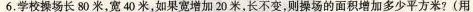
6.学校操场长80米，宽40米，如果宽增加20米，长不变，则操场的面积增加多少平方米?(用